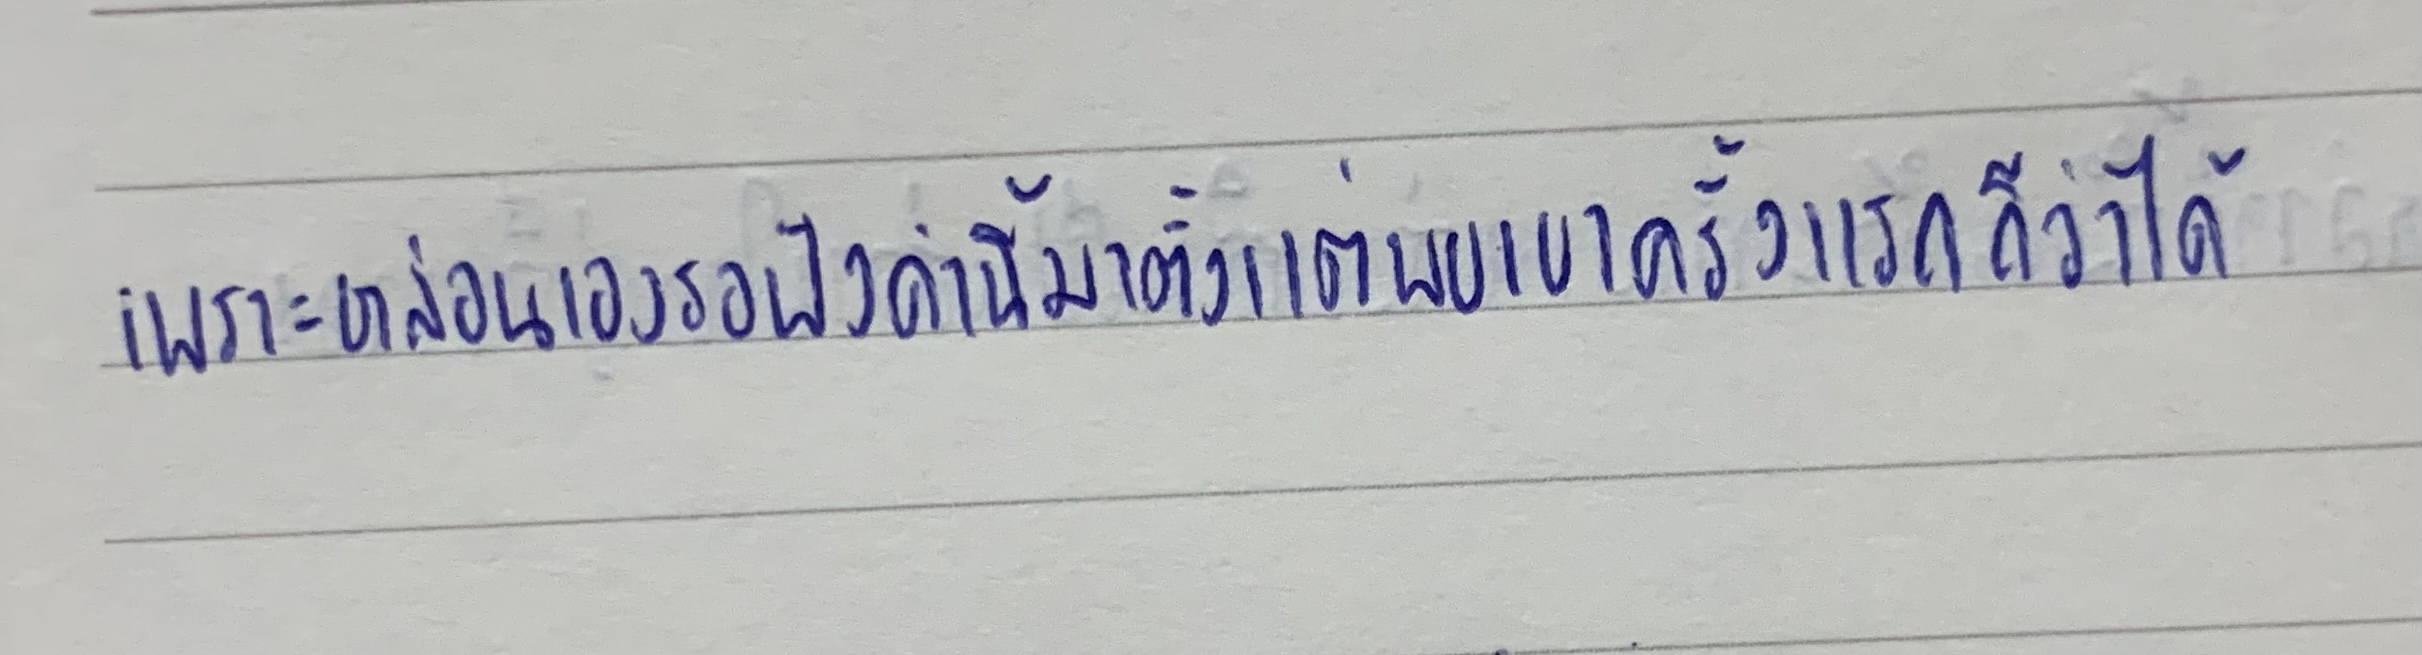
เพราะหล่อนเองรอฟังคำนี้มาตั้งแต่พบเขาครั้งแรกก็ว่าได้